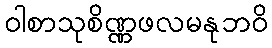
ဝါစာသုစိဏ္ဏဖလမနုဘဝိ